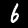
Label: 6